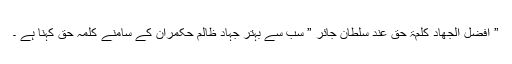
” افضل الجھاد کلمۃ حق عند سلطان جائر ” سب سے بہتر جہاد ظالم حکمران کے سامنے کلمہ حق کہنا ہے ۔